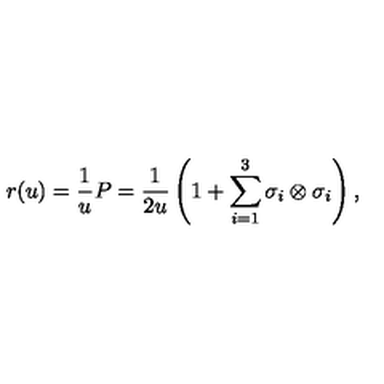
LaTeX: r ( u ) = \frac { 1 } { u } P = \frac { 1 } { 2 u } \left( 1 + \sum _ { i = 1 } ^ { 3 } \sigma _ { i } \otimes \sigma _ { i } \right) ,